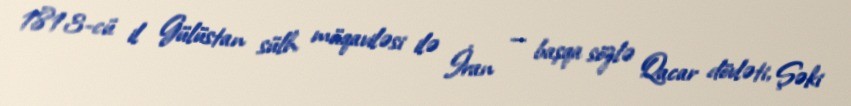
1813-cü il Gülüstan sülh müqaviləsi ilə İran — başqa sözlə Qacar dövləti, Şəki